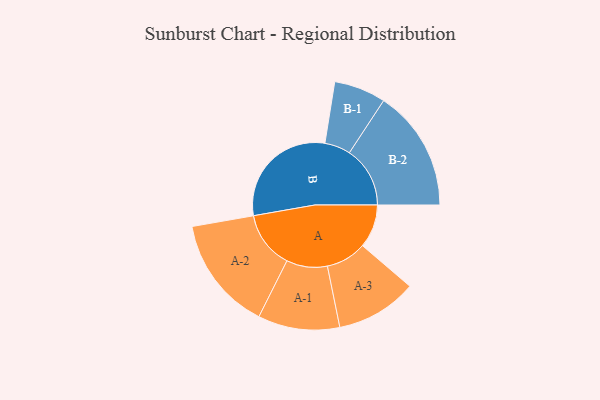
{"axis": {"x": "Segment", "y": "Value"}, "legend": ["", "A", "B"], "data": [{"x": "A", "y": 186, "type": ""}, {"x": "B", "y": 500, "type": ""}, {"x": "A-1", "y": 175, "type": "A"}, {"x": "A-2", "y": 245, "type": "A"}, {"x": "A-3", "y": 174, "type": "A"}, {"x": "B-1", "y": 111, "type": "B"}, {"x": "B-2", "y": 260, "type": "B"}]}